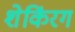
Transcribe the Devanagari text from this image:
शेकिंरग